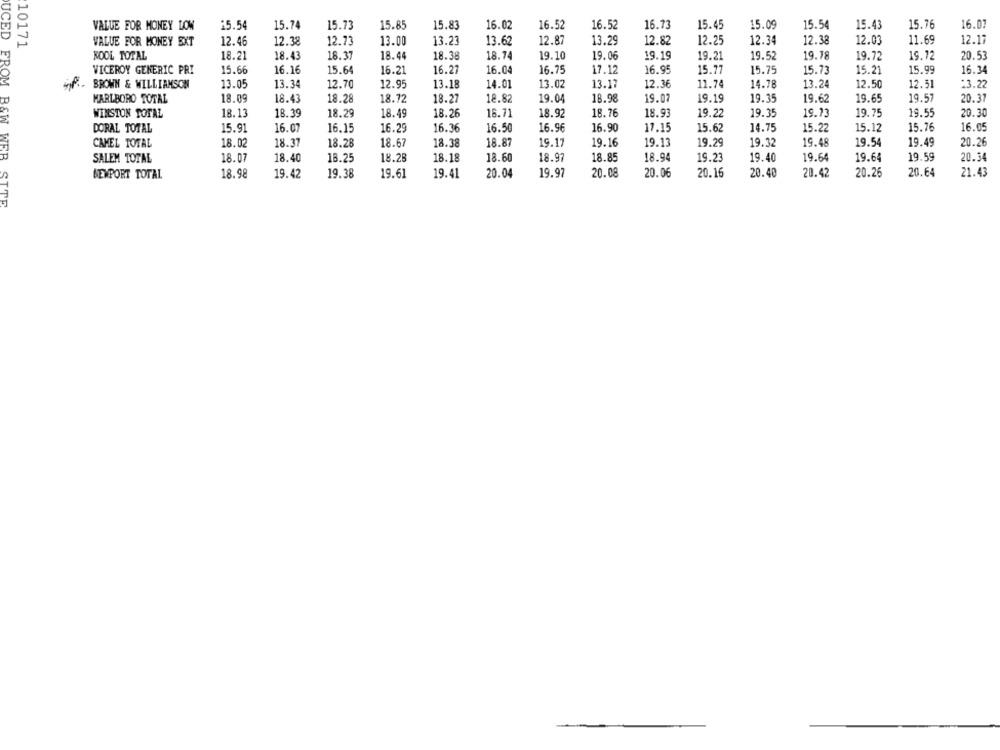
VALUE FOR MONEY LOW
15.54
15.74
5.73
15.85
15.83
16.02
16.52
16.52
16.73
15.45
15.09
15.54
15.43
15.76
16.07
10171
VALUE FOR MONEY EXT
12.46
12.38
12.73
13.00
13.23
13.62
12.87
13.29
12.82
12.25
12.34
12.38
12.03
11.69
12.17
KOOL TOTAL
18.21
18.43
18.37
18.44
18.38
18.74
19.10
19.06
19.19
19.21
19.52
19.78
19.72
19.72
20.53
VICEROY GENERIC PRI
15.66
16.16
15.64
16.21
16.27
16.04
16.75
17.12
16.95
15.77
15.75
15.73
15.21
15.99
16.34
BROWN & WILLIAMSON
13.05
13.34
12.70
12.95
13.18
14.01
13.02
13.17
12.36
11.74
14.78
13.24
12.50
12.51
13.22
18.72
18.27
18.98
19.07
19.19
19.35
19.57
20.37
MARLBORO TOTAL
18.09
18.43
18.28
18.82
19.04
19.62
19.65
18.13
18.29
16.71
18.93
19.22
19.73
19.75
20.30
WINSTON TOTAL
18.39
18.49
18.26
18.92
18.76
19.35
19.55
15.91
16.07
16.15
16.29
16.36
16.50
16.90
17.15
15.62
14.75
15.22
15.12
15.76
16.05
DORAL TOTAL
16.96
18.02
18.37
18.28
18.67
18.38
18.87
19.17
19.16
19.13
19.29
19.32
19.48
19.54
19.49
20.26
CAMEL TOTAL
18.07
18.40
18.25
18.28
18.18
18.60
18.97
18.85
18.94
19.23
19.40
19.64
19.64
19.59
20.34
SALEM TOTAL
19.97
20.16
20.40
20.64
21.43
BEMPORT TOTAL
18.98
19.42
19.38
19.61
19.41
20.04
20.08
20.06
20.42
20.26
UCED FROM B&W WEB SITE